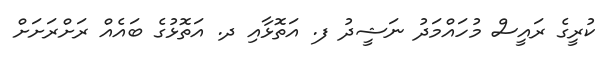
ކުރީގެ ރައީސް މުހައްމަދު ނަޝީދު ފ. އަތޮޅާއި ދ. އަތޮޅުގެ ބައެއް ރަށްރަށަށް